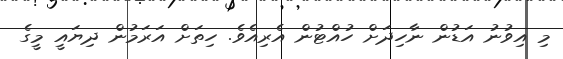
މި އިވުނު އަޑުން ނާހިދަށް ހުއްޓުން އެރިއެވެ. ހިތަށް އަރަމުން ދިޔައީ މީގެ